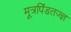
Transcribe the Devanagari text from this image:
मूत्रपिंडतज्‍ज्ञ